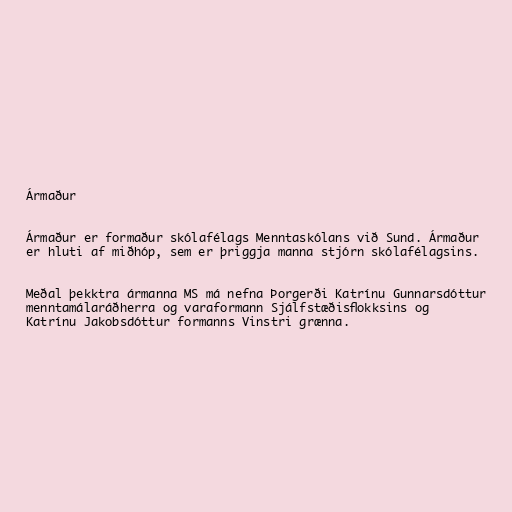
Ármaður

Ármaður er formaður skólafélags Menntaskólans við Sund. Ármaður
er hluti af miðhóp, sem er þriggja manna stjórn skólafélagsins.

Meðal þekktra ármanna MS má nefna Þorgerði Katrínu Gunnarsdóttur
menntamálaráðherra og varaformann Sjálfstæðisflokksins og
Katrínu Jakobsdóttur formanns Vinstri grænna.